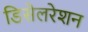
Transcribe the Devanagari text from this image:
डिसेलरेशन